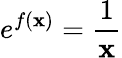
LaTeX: e^{f(\mathbf{x})}={\frac{{1}}{{\mathbf{x}}}}